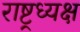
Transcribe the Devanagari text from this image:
राष्ट्रध्यक्ष